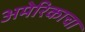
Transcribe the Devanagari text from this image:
अमेरिकाचा